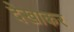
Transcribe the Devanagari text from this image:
देखाकर